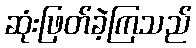
ဆုံးဖြတ်ခဲ့ကြသည်